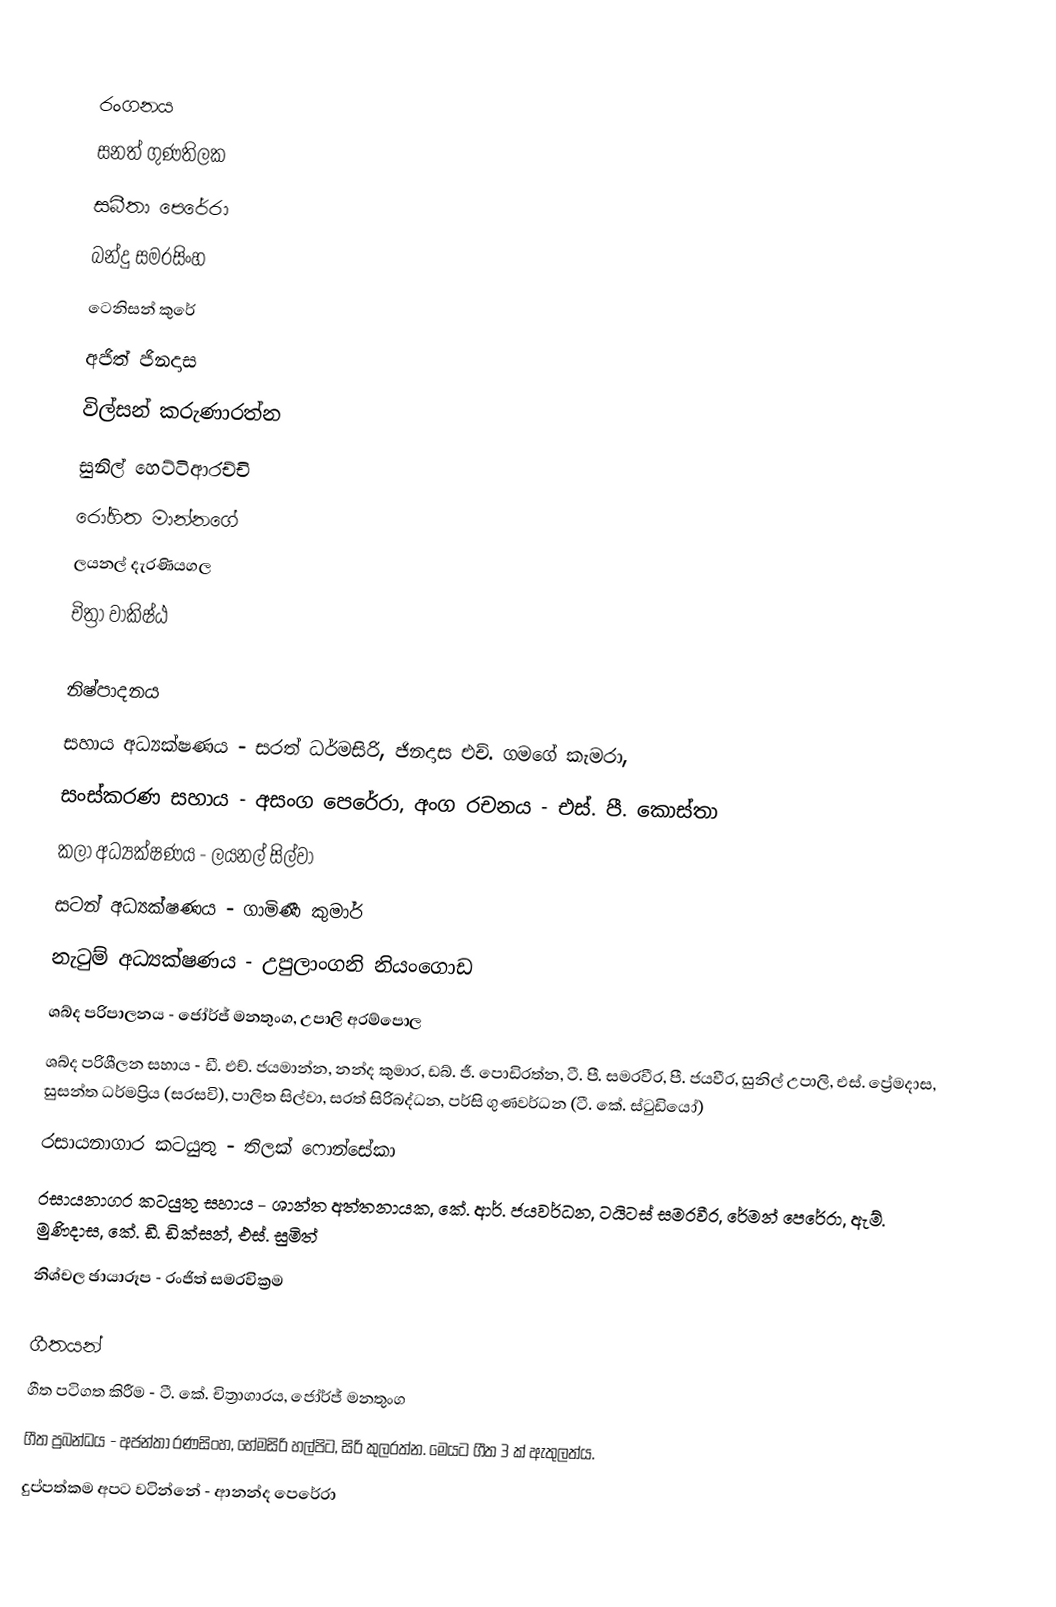

රංගනය
සනත් ගුණතිලක
සබීතා පෙරේරා
බන්දු සමරසිංහ
ටෙනිසන් කුරේ
අජිත් ජිනදාස
විල්සන් කරුණාරත්න
සුනිල් හෙට්ටිආරච්චි
රෝහිත මාන්නගේ
ලයනල් දැරණියගල
චිත්‍රා වාකිෂ්ඨ

නිෂ්පාදනය
සහාය අධ්‍යක්ෂණය - සරත් ධර්මසිරි, ජිනදාස එච්. ගමගේ කැමරා,
සංස්කරණ සහාය - අසංග පෙරේරා, අංග රචනය - එස්. පී. කොස්තා
කලා අධ්‍යක්ෂණය - ලයනල් සිල්වා
සටන් අධ්‍යක්ෂණය - ගාමිණී කුමාර්
නැටුම් අධ්‍යක්ෂණය - උපුලාංගනි නියංගොඩ
ශබ්ද පරිපාලනය - ජෝර්ජ් මනතුංග, උපාලි අරම්පොල
ශබ්ද පරිශීලන සහාය - ඩී. එච්. ජයමාන්න, නන්ද කුමාර, ඩබ්. ජී. පොඩිරත්න, ටී. පී. සමරවීර, පී. ජයවීර, සුනිල් උපාලි, එස්. ප්‍රේමදාස, සුසන්ත ධර්මප්‍රිය (සරසවි), පාලිත සිල්වා, සරත් සිරිබද්ධන, පර්සි ගුණවර්ධන (ටී. කේ. ස්ටුඩියෝ)
රසායනාගාර කටයුතු - තිලක් ෆොන්සේකා
රසායනාගර කටයුතු සහාය - ශාන්ත අත්තනායක, කේ. ආර්. ජයවර්ධන, ටයිටස් සමරවීර, රේමන් පෙරේරා, ඇම්. මුණිදාස, කේ. ඩී. ඩික්සන්, එස්. සුමිත්
නිශ්චල ඡායාරූප - රංජිත් සමරවික්‍රම

ගීතයන්
ගීත පටිගත කිරීම - ටී. කේ. චිත්‍රාගාරය, ජෝර්ජ් මනතුංග
ගීත ප්‍රබන්ධය - අජන්තා රණසිංහ, හේමසිරි හල්පිට, සිරි කුලරත්න. මෙයට ගීත 3 ක් ඇතුලත්ය.
දුප්පත්කම අපට වටින්නේ - ආනන්ද පෙරේරා